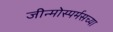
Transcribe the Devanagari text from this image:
जीन्मोस्पर्मसच्या